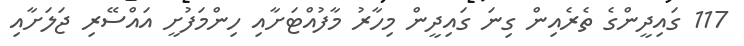
117 ގައިދީންގެ ތެރެއިން ގިނަ ގައިދީން މިހާރު މާފުއްޓަށާއި ހިންމަފުށީ އައްސޭރި ޖަލަށާއި